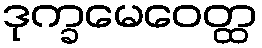
ဒုက္ခမေဝေတ္ထ